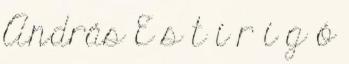
András E s t i r i g ó